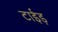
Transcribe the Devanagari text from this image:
टाईड़